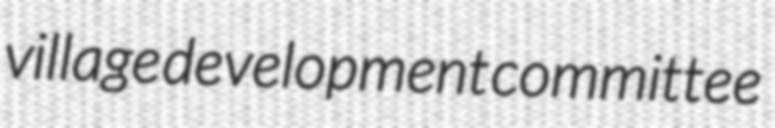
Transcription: village development committee